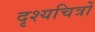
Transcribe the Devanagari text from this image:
दृश्यचित्रों